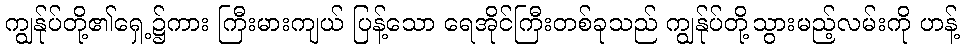
ကျွန်ုပ်တို့၏ရှေ့၌ကား ကြီးမားကျယ် ပြန့်သော ရေအိုင်ကြီးတစ်ခုသည် ကျွန်ုပ်တို့သွားမည့်လမ်းကို ဟန့်